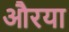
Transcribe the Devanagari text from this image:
औरया